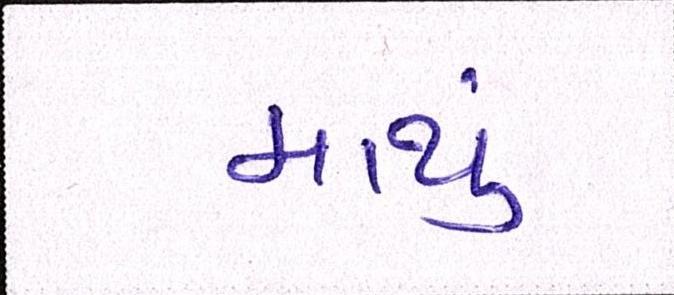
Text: માથું